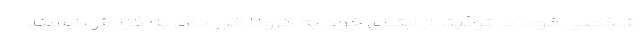
شخصی خود در توئیتر از ابتلای خود به کرونا خبر داد. به گزارش ایسنا،